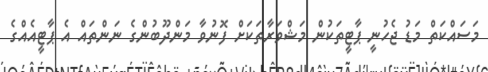
މަސައްކަތް މަޑު ޖެހުނީ ޕާޓީތަކުން މަޝްވަރާތަކަށް ފޮނުވާ މަންދޫބުންގެ ނަންތައް އެ ޕާޓީއެއްގެ